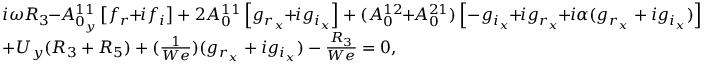
\begin{array} { r l } & { i \omega R _ { 3 } \! \! - \! \! A _ { 0 _ { y } } ^ { 1 1 } \left[ f _ { r } \! \! + \! \! i f _ { i } \right] + 2 A _ { 0 } ^ { 1 1 } \left[ g _ { r _ { x } } \! \! + \! \! i g _ { i _ { x } } \right] + ( A _ { 0 } ^ { 1 2 } \! \! + \! \! A _ { 0 } ^ { 2 1 } ) \left[ - g _ { i _ { x } } \! \! + \! \! i g _ { r _ { x } } \! \! + \! \! i \alpha ( g _ { r _ { x } } + i g _ { i _ { x } } ) \right] } \\ & { + U _ { y } ( R _ { 3 } + R _ { 5 } ) + ( \frac { 1 } { W e } ) ( g _ { r _ { x } } + i g _ { i _ { x } } ) - \frac { R _ { 3 } } { W e } = 0 , } \end{array}